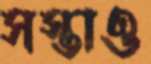
সস্তাও